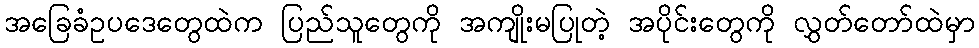
အခြေခံဥပဒေတွေထဲက ပြည်သူတွေကို အကျိုးမပြုတဲ့ အပိုင်းတွေကို လွှတ်တော်ထဲမှာ